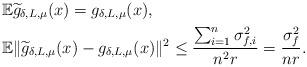
LaTeX: \begin{align*} &\mathbb{E}\widetilde{g}_{\delta, L, \mu}(x) = g_{\delta, L, \mu}(x), \\ &\mathbb{E}\|\widetilde{g}_{\delta, L, \mu}(x)-g_{\delta, L, \mu}(x)\|^2 \leq \frac{\sum_{i=1}^n\sigma_{f, i }^2}{n^2r}=\frac{\sigma_f^2}{nr}. \end{align*}